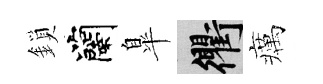
鎖蘭臯衢癘